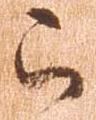
被